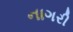
નાગરી